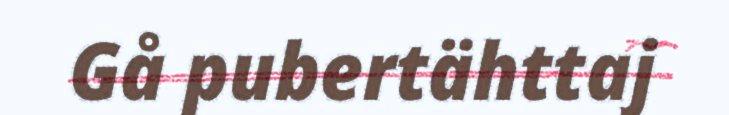
Gå pubertähttaj